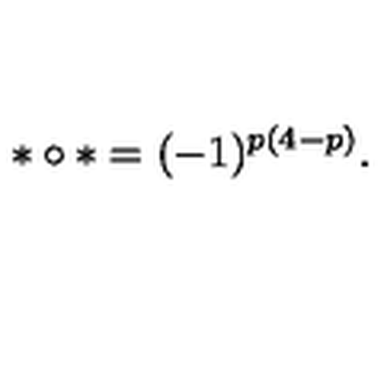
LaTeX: \ast \circ \ast = ( - 1 ) ^ { p ( 4 - p ) } .